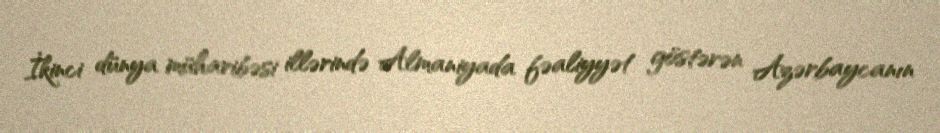
İkinci dünya müharibəsi illərində Almaniyada fəaliyyət göstərən Azərbaycanın